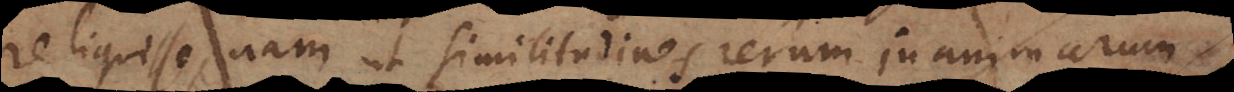
eantur, tamen ut similitudines rerum inanimarum